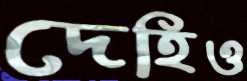
দেহিও